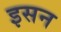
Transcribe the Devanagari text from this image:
इसन